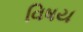
વિષય